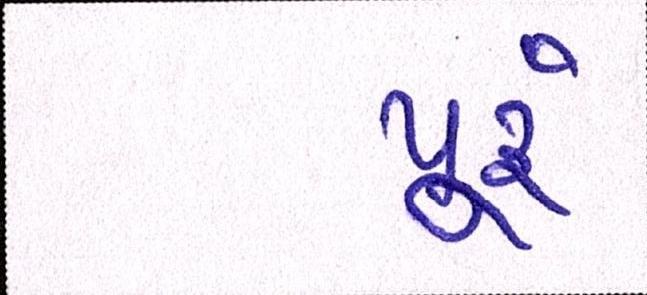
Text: પૂ્રું